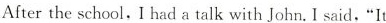
Afterthe school, I had a talk with John. I said. "It